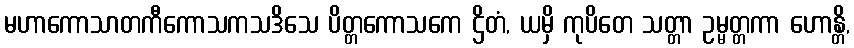
မဟာကောသာတကီကောသကသဒိသေ ပိတ္တကောသကေ ဌိတံ, ယမှိ ကုပိတေ သတ္တာ ဥမ္မတ္တကာ ဟောန္တိ,